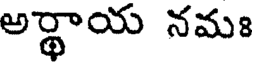
అర్థాయ నమః